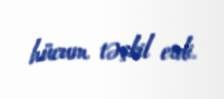
hücum təşkil etdi.